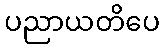
ပညာယတိပေ